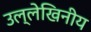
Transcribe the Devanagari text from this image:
उल्लेखिनीय